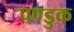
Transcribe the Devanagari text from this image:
पण्डुक